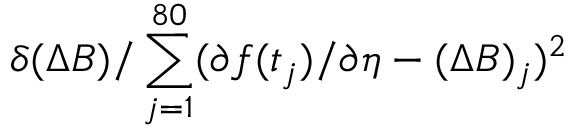
\delta ( \Delta B ) / \sum _ { j = 1 } ^ { 8 0 } ( \partial f ( t _ { j } ) / \partial \eta - ( \Delta B ) _ { j } ) ^ { 2 }